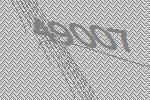
49007